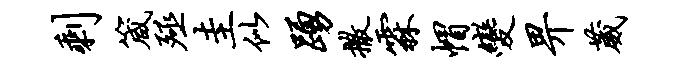
剩箴殛圭似踊撒霖帽变畀葳